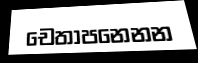
චෙතාපනෙනන